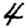
Digit: 4